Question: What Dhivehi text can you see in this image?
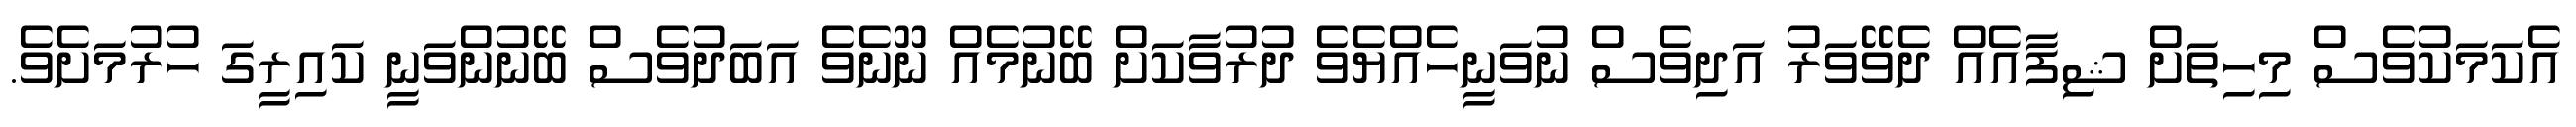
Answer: އެކަމަކުވެސް މިހިތަށް ޝިފާއެއް ދެވޭވަރު އަދިވެސް ނުވަނީހެއްޔެވެ ދުރުވާކަށް ބޭނުމެއް ނޫނެވެ އަބަދުވެސް ބޭނުންވަނީ ކައިރީގަ ހުރުމަށެވެ.